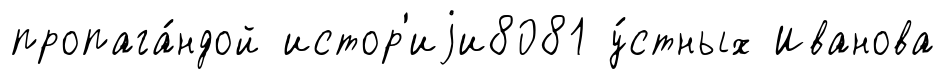
пропага́ндой истор'иjи8081 у́стных Иванова